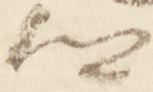
卿